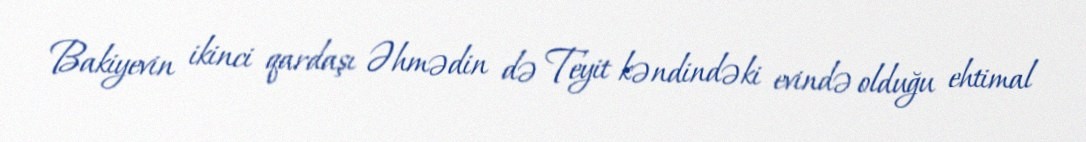
Bakiyevin ikinci qardaşı Əhmədin də Teyit kəndindəki evində olduğu ehtimal